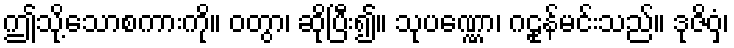
ဤသို့သောစကားကို။ ဝတွာ၊ ဆိုပြီး၍။ သုပဏ္ဏော၊ ဂဠုန်မင်းသည်။ ဒုဇိဝှံ၊